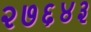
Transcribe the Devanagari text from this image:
२७६४३